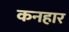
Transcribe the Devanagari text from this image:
कनहार